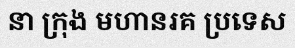
នា ក្រុង មហានរគ ប្រទេស